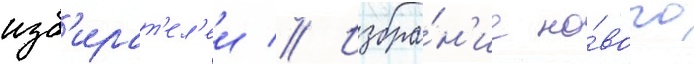
изб'ират'ел'еи // Избра́н'ие но́вого